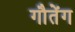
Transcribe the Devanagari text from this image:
गौतेंग